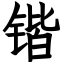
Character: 锴